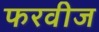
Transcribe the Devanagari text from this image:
फरवीज